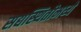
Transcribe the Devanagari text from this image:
सद्यस्थितीमध्ये